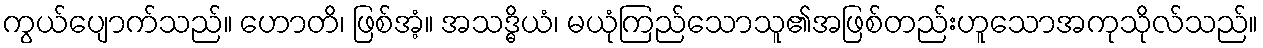
ကွယ်ပျောက်သည်။ ဟောတိ၊ ဖြစ်အံ့။ အသဒ္ဓိယံ၊ မယုံကြည်သောသူ၏အဖြစ်တည်းဟူသောအကုသိုလ်သည်။